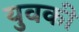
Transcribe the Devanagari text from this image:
युवकी